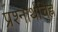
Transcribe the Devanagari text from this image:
प्रश्नार्थचिह्न